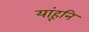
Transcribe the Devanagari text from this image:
यांहूनि